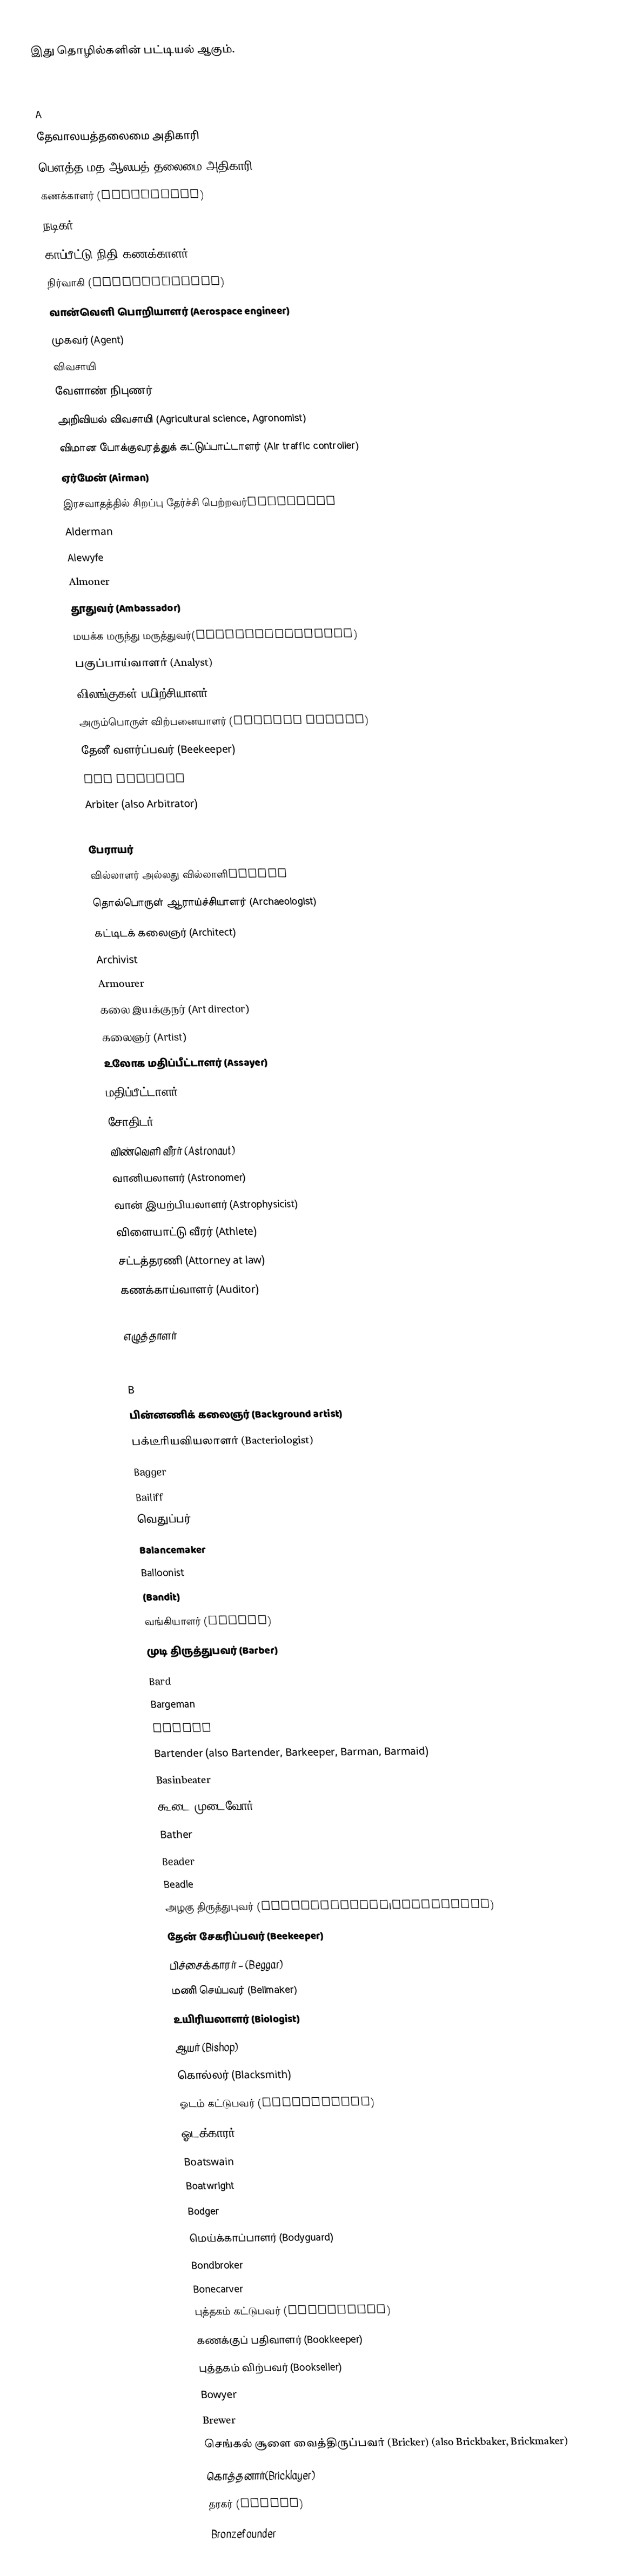
இது தொழில்களின் பட்டியல் ஆகும்.

A
தேவாலயத்தலைமை அதிகாரி
பௌத்த மத ஆலயத் தலைமை அதிகாரி
கணக்காளர் (Accountant)
நடிகர்
காப்பீட்டு நிதி கணக்காளர்
நிர்வாகி (Administrator)
வான்வெளி பொறியாளர் (Aerospace engineer)
முகவர் (Agent)
விவசாயி
வேளாண் நிபுணர்
அறிவியல் விவசாயி (Agricultural science, Agronomist)
விமான போக்குவரத்துக் கட்டுப்பாட்டாளர் (Air traffic controller)
ஏர்மேன்  (Airman)
இரசவாதத்தில் சிறப்பு தேர்ச்சி பெற்றவர்Alchemist
Alderman
Alewyfe
Almoner
தூதுவர் (Ambassador)
மயக்க மருந்து மருத்துவர்(Anesthesiologist)
பகுப்பாய்வாளர் (Analyst)
விலங்குகள் பயிற்சியாளர் (Animal trainer)
அரும்பொருள் விற்பனையாளர் (Antique dealer)
தேனீ வளர்ப்பவர் (Beekeeper)
air hostess
Arbiter (also Arbitrator)
Arborist
பேராயர்
வில்லாளர் அல்லது வில்லாளிArcher
தொல்பொருள் ஆராய்ச்சியாளர் (Archaeologist)
கட்டிடக் கலைஞர் (Architect)
Archivist
Armourer
கலை இயக்குநர் (Art director)
கலைஞர் (Artist)
உலோக மதிப்பீட்டாளர் (Assayer)
மதிப்பீட்டாளர் (Assessor)
சோதிடர் (Astrologer)
விண்வெளி வீரர் (Astronaut)
வானியலாளர் (Astronomer)
வான் இயற்பியலாளர் (Astrophysicist)
விளையாட்டு வீரர் (Athlete)
சட்டத்தரணி (Attorney at law)
கணக்காய்வாளர் (Auditor)
Au pair
எழுத்தாளர்
Aviator

B
பின்னணிக் கலைஞர் (Background artist)
பக்டீரியவியலாளர் (Bacteriologist)
Bagger
Bailiff
வெதுப்பர்
Balancemaker
Balloonist
(Bandit)
வங்கியாளர் (Banker)
முடி திருத்துபவர் (Barber)
Bard
Bargeman
Barker
Bartender (also Bartender, Barkeeper, Barman, Barmaid)
Basinbeater
கூடை முடைவோர் (Basket maker)
Bather
Beader
Beadle
அழகு திருத்துபுவர் (Cosmetologist|Beautician)
தேன் சேகரிப்பவர் (Beekeeper)
பிச்சைக்காரர் – (Beggar)
மணி செய்பவர் (Bellmaker)
உயிரியலாளர் (Biologist)
ஆயர் (Bishop)
கொல்லர் (Blacksmith)
ஓடம் கட்டுபவர் (Boatbuilder)
ஓடக்காரர் (Boatman)
Boatswain
Boatwright
Bodger
மெய்க்காப்பாளர் (Bodyguard)
Bondbroker
Bonecarver
புத்தகம் கட்டுபவர் (Bookbinder)
கணக்குப் பதிவாளர் (Bookkeeper)
புத்தகம் விற்பவர் (Bookseller)
Bowyer
Brewer
செங்கல் சூளை வைத்திருப்பவர் (Bricker) (also Brickbaker, Brickmaker)
கொத்தனார்(Bricklayer)
தரகர் (Broker)
Bronzefounder